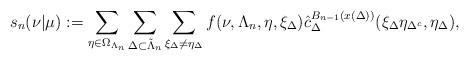
LaTeX: \begin{align*} s_n(\nu|\mu) := \sum_{\eta \in \Omega_{\Lambda_n}}\sum_{\Delta \subset \Tilde{\Lambda}_n}\sum_{\xi_{\Delta} \neq \eta_{\Delta}}f(\nu, \Lambda_n, \eta, \xi_{\Delta})\hat{c}^{B_{n-1}(x(\Delta))}_{\Delta}(\xi_{\Delta}\eta_{\Delta^c},\eta_{\Delta}),\end{align*}